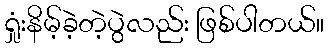
ရှုံးနိမ့်ခဲ့တဲ့ပွဲလည်း ဖြစ်ပါတယ်။